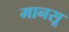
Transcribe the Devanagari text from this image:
मानसू